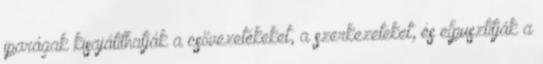
iparágak kisajátíthatják a csővezetékeket, a szerkezeteket, és elpusztítják a